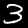
Label: 3